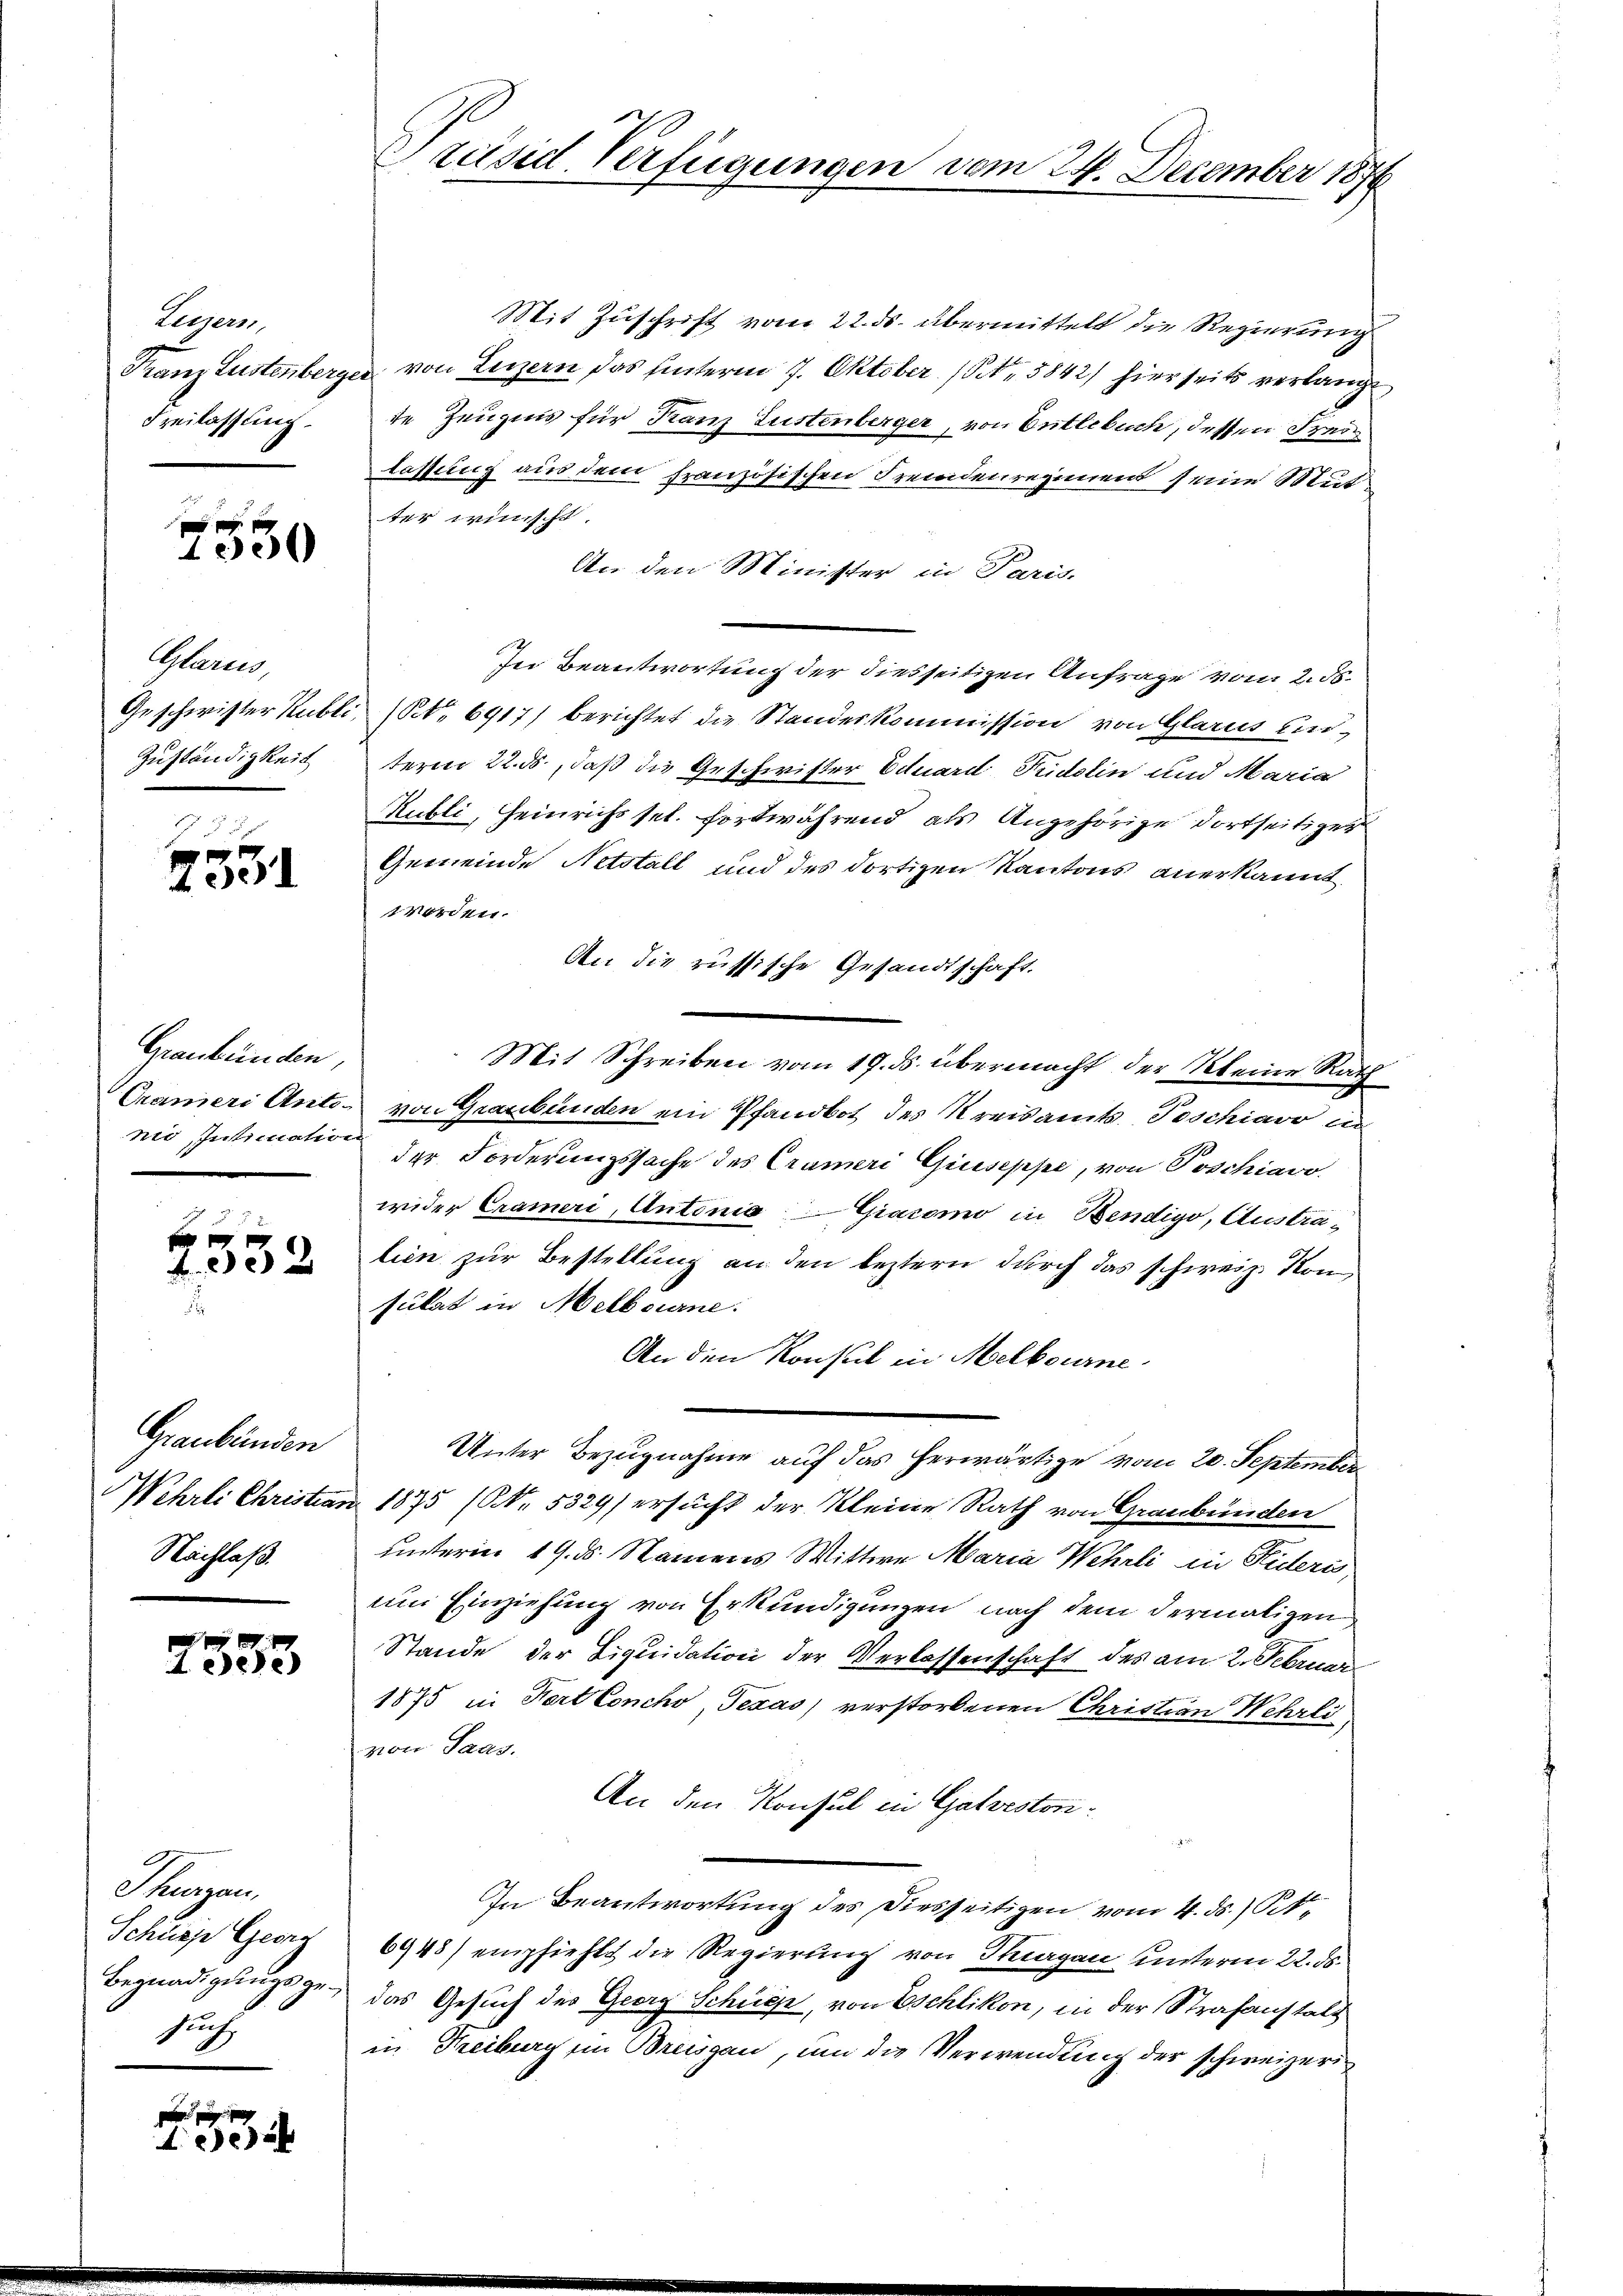
Eigen
Freilassung.

10

Glarus,
Zuständigkeit

e
400

Graubünden,
nio, Intimation

f x
f 20 x

Graubünden
Wehrli Christins
Nachlaß.

A eere

Thurgau,
Schüsse Georg
Begnadigungsgesuch

f 0 x

Präsid. Verfügungen vom 24. December 1876

Mit Zuschrift vom 22. ds. übermittelt die Regierung
Franz Lustenberger von Luzern das hinterm 7. Oktober (S. 5842) hierseits verlangt,
te Zeugens für Tanz Lustenberger, von Entlebuch, dessen Freilassung aus dem französischen Fremdenregiment seine Mutter wünscht.
An den Minister in Paris.
In Beantwortung der diesseitigen Anfrage vom 2. d.
Geschwister Kubli, (NNo 6917) berichtet die Standeskommission von Glarus unterm 22. ds., daß die Geschwister Eduard Fidelin und Maria
Kubli, Heinrichs sel. fortwährend als Angehörige dortseitiger
Gemeinde Netstalt und des dortizen Kantons anerkannt
worden.
Aen die russische Gesandtschaft.
Mit Schreiben vom 19. ds. übermacht der Kleine Rath
Crameri Anton von Graubünden ein Pfandbot des Kreisamts Poschiavo in
der Forderungssache des Crameri Giuseppe, von Poschiavo
wider Crameri, Antonia Giacomo in Bendigo, Australien zur Bestellung an den leztern durch das schweiz. Konsulat in Melbourne.
An den Konsul in Melbourne
Unter Bezugnahme auf das herwärtige vom 20. September
 1875 (N. 5329/ ersucht der Kleine Rath von Graubünden
unterin 19. ds. Namens Wittwe Maria Wehrli in Fideris,
um Einziehung von Erkundigungen nach dem dermaligen
Stande der Liquidation der Verlassenschaft des am 2. Februar
1875 in Kert Concho, Texas verstorbenen Christian Wehrli
von Saas.
An den Konsul in Galveston¬
In Beantwortung des Diesseitigen vom 4. ds. St.
6948) empfiehlt die Regierung von Sargau unterm 22. ds.
das Gesuch des Georg Schüsse, von Eschlikon, in der Strafanstatt
in Treiburg im Breisgau, um die Verwendung der schweizeri